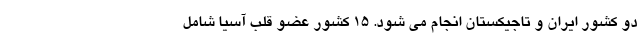
دو کشور ایران و تاجیکستان انجام می شود. ۱۵ کشور عضو قلب آسیا شامل